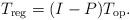
LaTeX: \begin{align*}T_{\rm reg}=(I-P)T_{\rm op}.\end{align*}